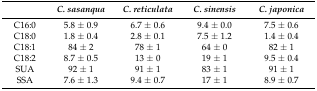
|  | C. sasanqua | C. reticulata | C. sinensis | C. japonica |
 | --- | --- | --- | --- | --- |
 | C16:0 | 5.8 ± 0.9 | 6.7 ± 0.6 | 9.4 ± 0.0 | 7.5 ± 0.6 |
 | C18:0 | 1.8 ± 0.4 | 2.8 ± 0.1 | 7.5 ± 1.2 | 1.4 ± 0.4 |
 | C18:1 | 84 ± 2 | 78 ± 1 | 64 ± 0 | 82 ± 1 |
 | C18:2 | 8.7 ± 0.5 | 13 ± 0 | 19 ± 1 | 9.5 ± 0.4 |
 | SUA | 92 ± 1 | 91 ± 1 | 83 ± 1 | 91 ± 1 |
 | SSA | 7.6 ± 1.3 | 9.4 ± 0.7 | 17 ± 1 | 8.9 ± 0.7 |